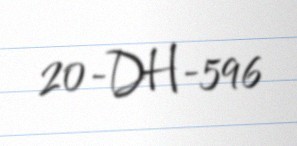
20-DH-596